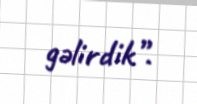
gəlirdik”.